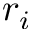
r _ { i }